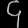
Digit: ၄